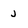
Character: j